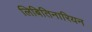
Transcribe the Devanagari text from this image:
लिबितिनारियन